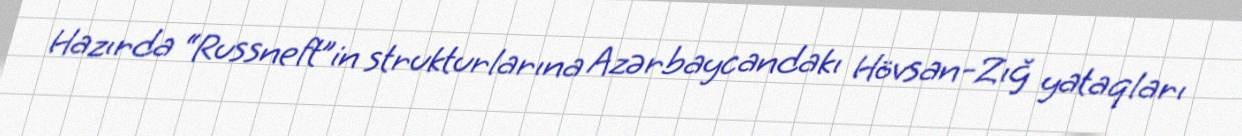
Hazırda “Russneft”in strukturlarına Azərbaycandakı Hövsan-Zığ yataqları